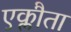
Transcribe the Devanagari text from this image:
एक्लौता